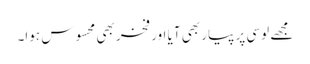
مجھے لوسی پر پیار بھی آیا اور فخر بھی محسوس ہوا۔